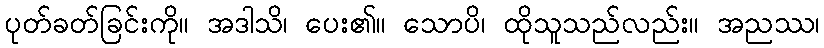
ပုတ်ခတ်ခြင်းကို။ အဒါသိ၊ ပေး၏။ သောပိ၊ ထိုသူသည်လည်း။ အညဿ၊